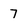
Character: 7